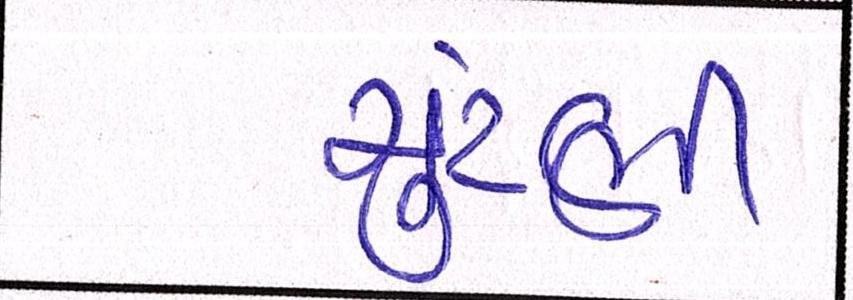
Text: ચુંટણી